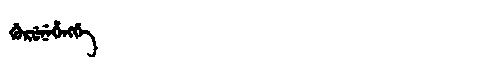
Manchu: ᡤᡠᡵᡠᠨᡝᡥᡝᠩᡤᡝ
Romanization: GURUNEHENGGE